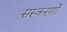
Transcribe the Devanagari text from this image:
सस्करणों